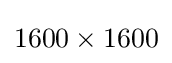
1600\times 1600